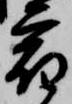
宿